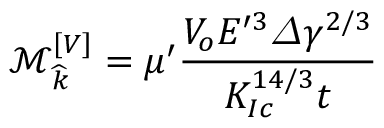
\mathcal { M } _ { \widehat { k } } ^ { \left[ V \right] } = \mu ^ { \prime } \frac { V _ { o } E ^ { \prime 3 } \varDelta \gamma ^ { 2 / 3 } } { K _ { I c } ^ { 1 4 / 3 } t }